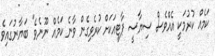
ކަމެއްް ކުރުމަކީ އެއްވެސް ސިޔާސީ ޕާޓީއަކަށް ކުރެވިގެން ވާނެ ކަމެއް ނޫނެވެ" ބަޔާނުގައިވެ